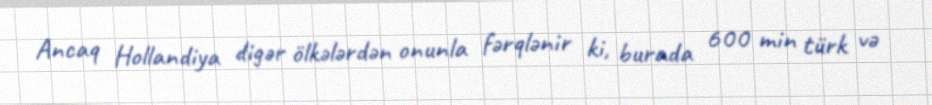
Ancaq Hollandiya digər ölkələrdən onunla fərqlənir ki, burada 600 min türk və